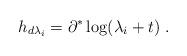
LaTeX: \begin{align*}h_{d\lambda_i} = \partial^* \log(\lambda_i+t) \;.\end{align*}